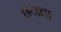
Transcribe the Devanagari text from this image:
छनता